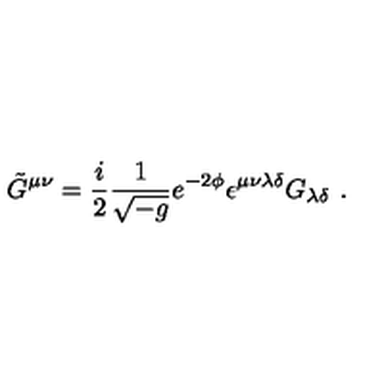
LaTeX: \tilde { G } ^ { \mu \nu } = { \frac { i } { 2 } } \frac { 1 } { \sqrt { - g } } e ^ { - 2 \phi } \epsilon ^ { \mu \nu \lambda \delta } G _ { \lambda \delta } \ .